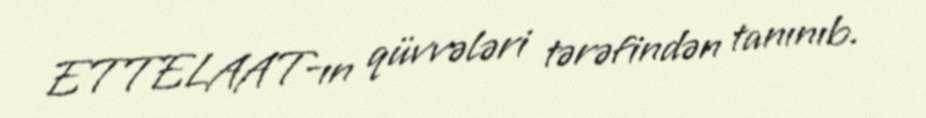
ETTELAAT-ın qüvvələri tərəfindən tanınıb.